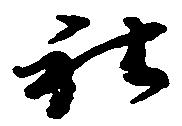
社